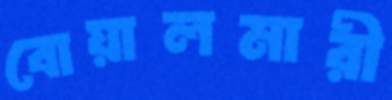
বোয়ালমারী